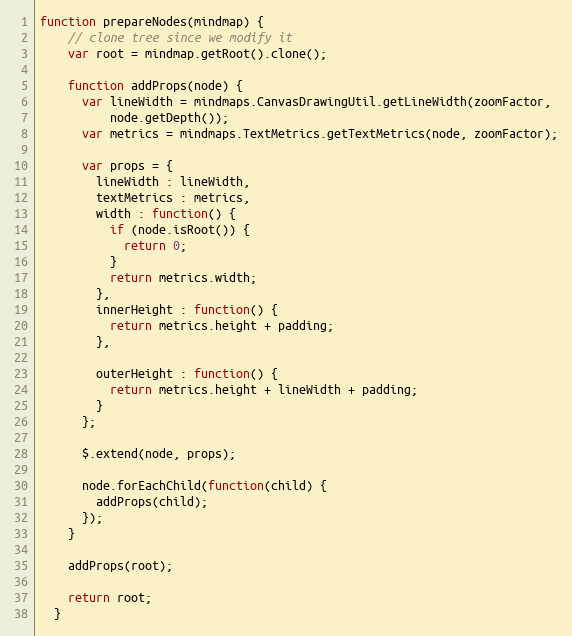
Language: JavaScript
function prepareNodes(mindmap) {
    // clone tree since we modify it
    var root = mindmap.getRoot().clone();

    function addProps(node) {
      var lineWidth = mindmaps.CanvasDrawingUtil.getLineWidth(zoomFactor,
          node.getDepth());
      var metrics = mindmaps.TextMetrics.getTextMetrics(node, zoomFactor);

      var props = {
        lineWidth : lineWidth,
        textMetrics : metrics,
        width : function() {
          if (node.isRoot()) {
            return 0;
          }
          return metrics.width;
        },
        innerHeight : function() {
          return metrics.height + padding;
        },

        outerHeight : function() {
          return metrics.height + lineWidth + padding;
        }
      };

      $.extend(node, props);

      node.forEachChild(function(child) {
        addProps(child);
      });
    }

    addProps(root);

    return root;
  }